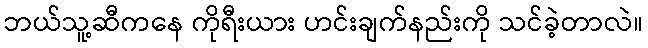
ဘယ်သူ့ဆီကနေ ကိုရီးယား ဟင်းချက်နည်းကို သင်ခဲ့တာလဲ။